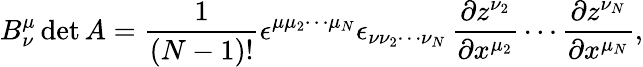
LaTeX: B_{\nu}^{\mu}\operatorname*{det}A={\frac{1}{(N-1)!}}\epsilon^{\mu\mu_{2}\cdots\mu_{N}}\epsilon_{\nu\nu_{2}\cdots\nu_{N}}\, {\frac{\partial z^{\nu_{2}}}{\partial x^{\mu_{2}}}}\cdots{\frac{\partial z^{\nu_{N}}}{\partial x^{\mu_{N}}}},